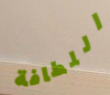
اللطافة